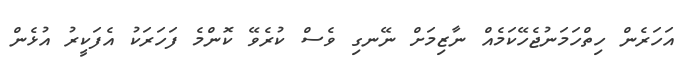
އަހަރެން ހިތްހަމަނުޖެހޭކަމެއް ނާޒިމަށް ނޭނގި ވެސް ކުރެވޭ ކޮންމެ ފަހަރަކު އެފަކީރު އުޅެން